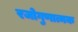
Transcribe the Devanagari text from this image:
रजोगुणात्मक